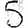
Digit: 5